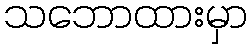
သဘောထားမှာ